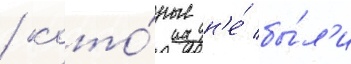
/ кото́рые н'е́ бы́л'и